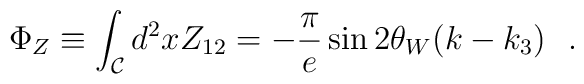
\Phi_Z \equiv \int_{\cal C} d^2x Z_{12}=-\frac{\pi}{e}\sin 2 \theta_W(k-k_3)~~.